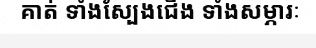
គាត់ ទាំងស្បែងជើង ទាំងសម្ភារៈ